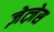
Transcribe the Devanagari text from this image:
ज़ेत्ज़ेस